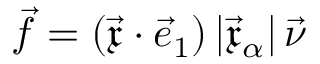
\vec { f } = ( \vec { \mathfrak { x } } \cdot \vec { e } _ { 1 } ) \, | \vec { \mathfrak { x } } _ { \alpha } | \, \vec { \nu }